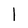
Character: l